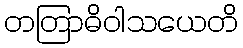
တတြာဓိဝါသယေတိ